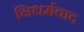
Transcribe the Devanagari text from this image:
निधर्मवाद